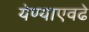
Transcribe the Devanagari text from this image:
येण्याएवढे